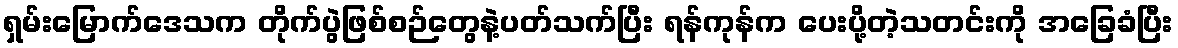
ရှမ်းမြောက်ဒေသက တိုက်ပွဲဖြစ်စဉ်တွေနဲ့ပတ်သက်ပြီး ရန်ကုန်က ပေးပို့တဲ့သတင်းကို အခြေခံပြီး